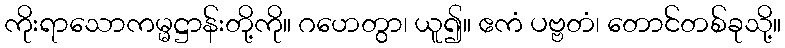
ကိုးရာသောကမ္မဋ္ဌာန်းတို့ကို။ ဂဟေတွာ၊ ယူ၍။ ဧကံ ပဗ္ဗတံ၊ တောင်တစ်ခုသို့။